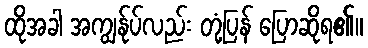
ထိုအခါ အကျွန်ုပ်လည်း တုံ့ပြန် ပြောဆိုရ၏။